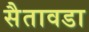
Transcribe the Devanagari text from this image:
सैतावडा